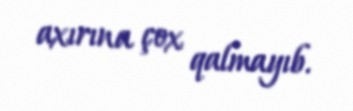
axırına çox qalmayıb.